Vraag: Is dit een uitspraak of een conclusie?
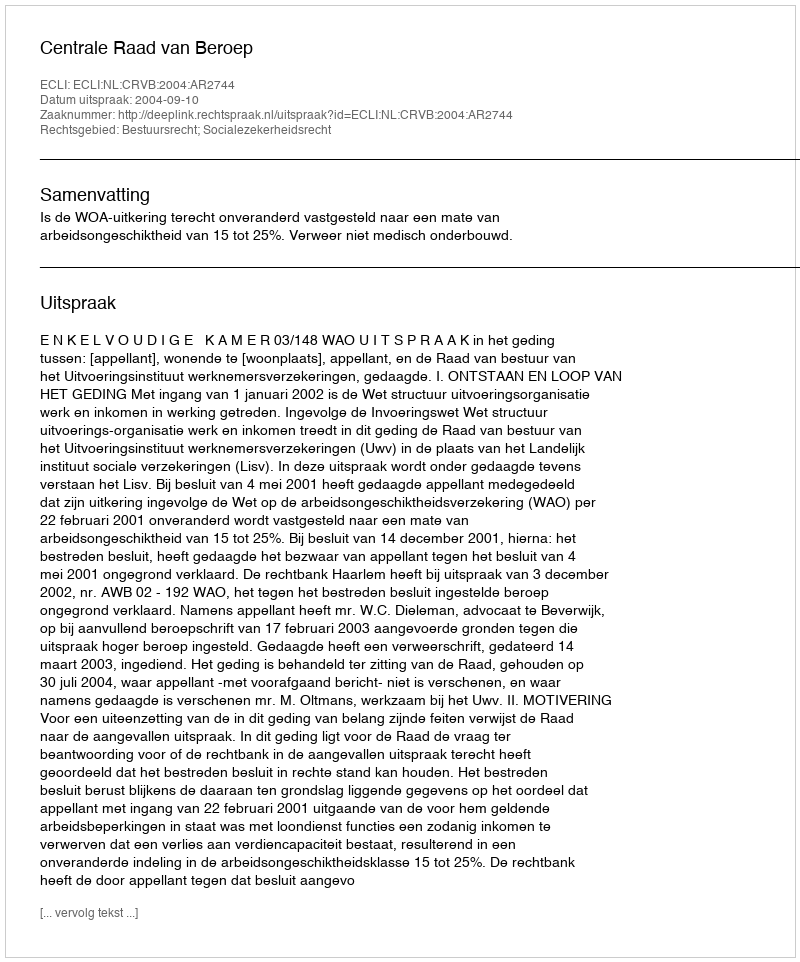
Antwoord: Uitspraak